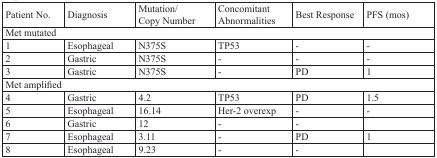
<table><thead><tr><td><b>Patient No.</b></td><td><b>Diagnosis</b></td><td><b>Mutation/Copy Number</b></td><td><b>Concomitant Abnormalities</b></td><td><b>Best Response</b></td><td><b>PFS (mos)</b></td></tr></thead><tbody><tr><td colspan="6">Met mutated</td></tr><tr><td>1</td><td>Esophageal</td><td>N375S</td><td>TP53</td><td>-</td><td>-</td></tr><tr><td>2</td><td>Gastric</td><td>N375S</td><td>-</td><td>-</td><td>-</td></tr><tr><td>3</td><td>Gastric</td><td>N375S</td><td>-</td><td>PD</td><td>1</td></tr><tr><td colspan="6">Met amplified</td></tr><tr><td>4</td><td>Gastric</td><td>4.2</td><td>TP53</td><td>PD</td><td>1.5</td></tr><tr><td>5</td><td>Esophageal</td><td>16.14</td><td>Her-2 overexp</td><td>-</td><td>-</td></tr><tr><td>6</td><td>Gastric</td><td>12</td><td>-</td><td>-</td><td></td></tr><tr><td>7</td><td>Esophageal</td><td>3.11</td><td>-</td><td>PD</td><td>1</td></tr><tr><td>8</td><td>Esophageal</td><td>9.23</td><td>-</td><td>-</td><td></td></tr></tbody></table>